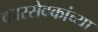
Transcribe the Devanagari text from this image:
कारसेवकांच्या